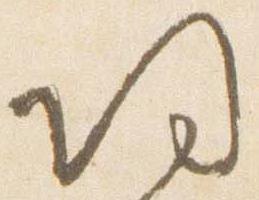
帰